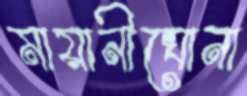
মায়ানীঘোনা